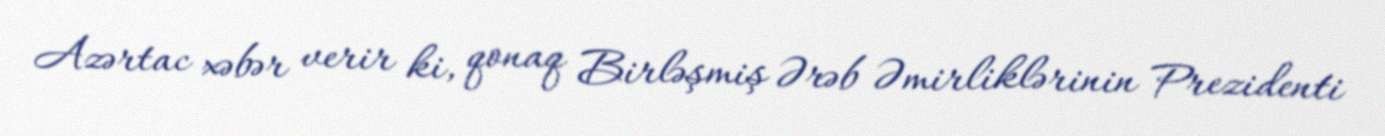
Azərtac xəbər verir ki, qonaq Birləşmiş Ərəb Əmirliklərinin Prezidenti